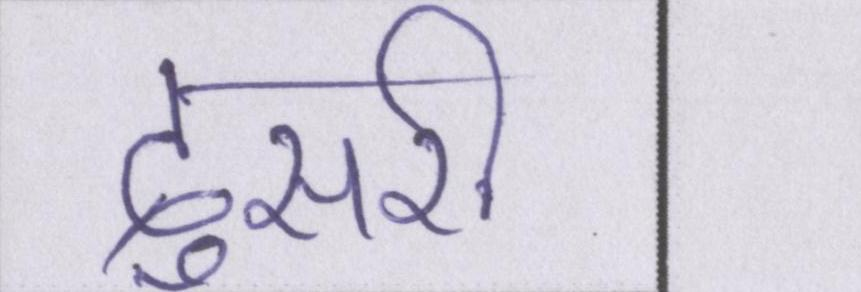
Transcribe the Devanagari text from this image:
दुसरी